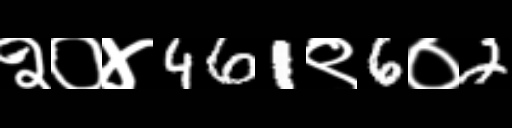
Text: २०४461९6०2